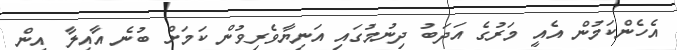
އެހެންކަމުން އެއީ މަރުގެ އަދަބު ދިނުމުގައި އަނިޔާވެރިވުން ކަމަށް ބުނެ އާއިލާ އިން